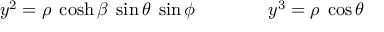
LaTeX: y ^ { 2 } = \rho \; \cosh \beta \; \sin \theta \; \sin \phi \qquad \qquad y ^ { 3 } = \rho \; \cos \theta